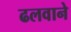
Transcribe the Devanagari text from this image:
ढलवाने